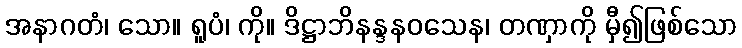
အနာဂတံ၊ သော။ ရူပံ၊ ကို။ ဒိဋ္ဌာဘိနန္ဒနဝသေန၊ တဏှာကို မှီ၍ဖြစ်သော